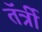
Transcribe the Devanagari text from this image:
तॅर्त्री